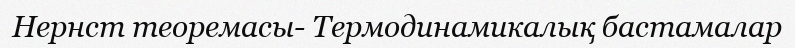
Нернст теоремасы- Термодинамикалық бастамалар